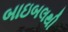
બાઇબલથી